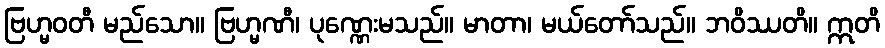
ဗြဟ္မဝတီ မည်သော။ ဗြဟ္မဏီ၊ ပုဏ္ဏေးမသည်။ မာတာ၊ မယ်တော်သည်။ ဘဝိဿတိ။ ဣတိ